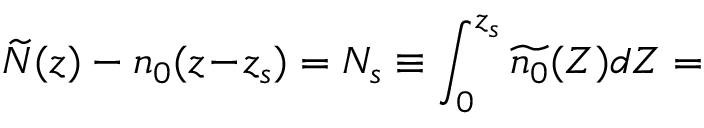
\widetilde { N } ( z ) - n _ { 0 } ( z \! - \! z _ { s } ) = N _ { s } \equiv \int _ { 0 } ^ { z _ { s } } \widetilde { n _ { 0 } } ( Z ) d Z =